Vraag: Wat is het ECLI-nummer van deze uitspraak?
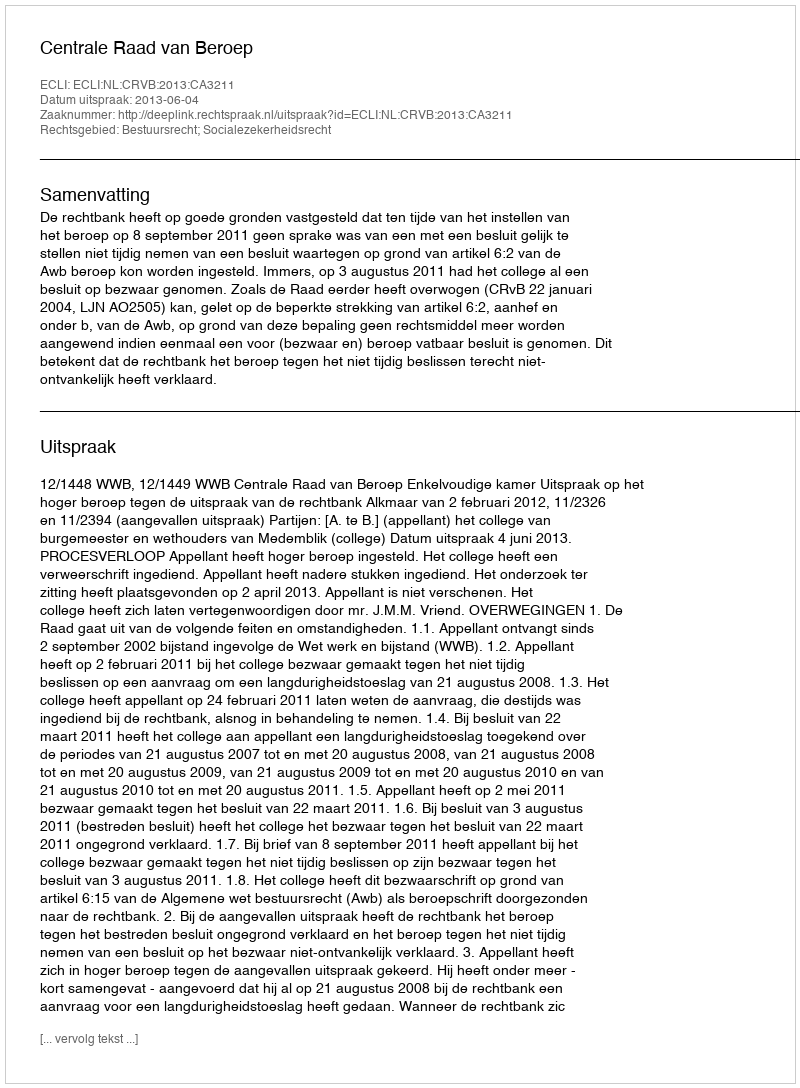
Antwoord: ECLI:NL:CRVB:2013:CA3211